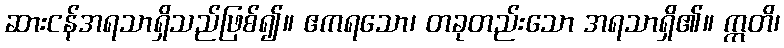
ဆားငန်အရသာရှိသည်ဖြစ်၍။ ဧကရသော၊ တခုတည်းသော အရသာရှိ၏။ ဣတိ၊